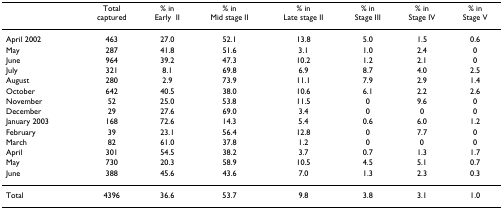
|  | Total captured | % in EarlyII | % in Mid stage II | % in Late stage II | % in Stage III | % in Stage IV | % in Stage V |
 | --- | --- | --- | --- | --- | --- | --- | --- |
 | April 2002 | 463 | 27.0 | 52.1 | 13.8 | 5.0 | 1.5 | 0.6 |
 | May | 287 | 41.8 | 51.6 | 3.1 | 1.0 | 2.4 | 0 |
 | June | 964 | 39.2 | 47.3 | 10.2 | 1.2 | 2.1 | 0 |
 | July | 321 | 8.1 | 69.8 | 6.9 | 8.7 | 4.0 | 2.5 |
 | August | 280 | 2.9 | 73.9 | 11.1 | 7.9 | 2.9 | 1.4 |
 | October | 642 | 40.5 | 38.0 | 10.6 | 6.1 | 2.2 | 2.6 |
 | November | 52 | 25.0 | 53.8 | 11.5 | 0 | 9.6 | 0 |
 | December | 29 | 27.6 | 69.0 | 3.4 | 0 | 0 | 0 |
 | January 2003 | 168 | 72.6 | 14.3 | 5.4 | 0.6 | 6.0 | 1.2 |
 | February | 39 | 23.1 | 56.4 | 12.8 | 0 | 7.7 | 0 |
 | March | 82 | 61.0 | 37.8 | 1.2 | 0 | 0 | 0 |
 | April | 301 | 54.5 | 38.2 | 3.7 | 0.7 | 1.3 | 1.7 |
 | May | 730 | 20.3 | 58.9 | 10.5 | 4.5 | 5.1 | 0.7 |
 | June | 388 | 45.6 | 43.6 | 7.0 | 1.3 | 2.3 | 0.3 |
 | Total | 4396 | 36.6 | 53.7 | 9.8 | 3.8 | 3.1 | 1.0 |